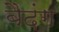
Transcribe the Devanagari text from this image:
बैदंग